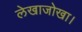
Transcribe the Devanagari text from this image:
लेखाजोखा।